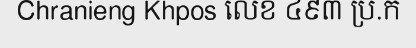
Chranieng Khpos លេខ ៤៩៣ ប្រ.ក